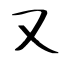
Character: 又